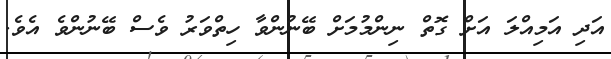
އަދި އަމިއްލަ އަށް ގޮތް ނިންމުމަށް ބޭނުންވާ ހިތްވަރު ވެސް ބޭނުންވެ އެވެ.